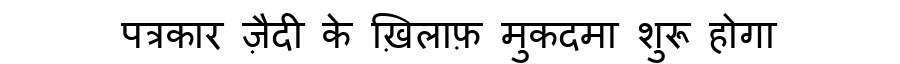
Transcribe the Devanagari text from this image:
पत्रकार ज़ैदी के ख़िलाफ़ मुकदमा शुरू होगा